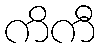
ကိကီ